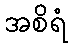
အစိရံ